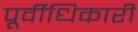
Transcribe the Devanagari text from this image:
पूर्वीधिकारी